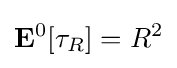
\mathbf {E} ^{0}[\tau _{R}]=R^{2}